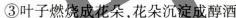
③叶子燃烧成花朵，花朵沉淀成醇酒